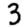
Digit: 3